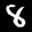
Label: 8